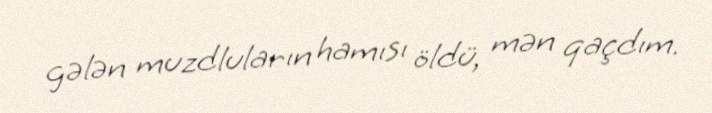
gələn muzdluların hamısı öldü, mən qaçdım.